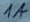
Text: 1A